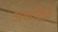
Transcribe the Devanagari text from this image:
अथ्यधिक